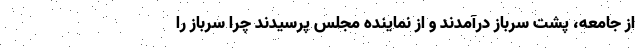
از جامعه، پشت سرباز درآمدند و از نماینده مجلس پرسیدند چرا سرباز را